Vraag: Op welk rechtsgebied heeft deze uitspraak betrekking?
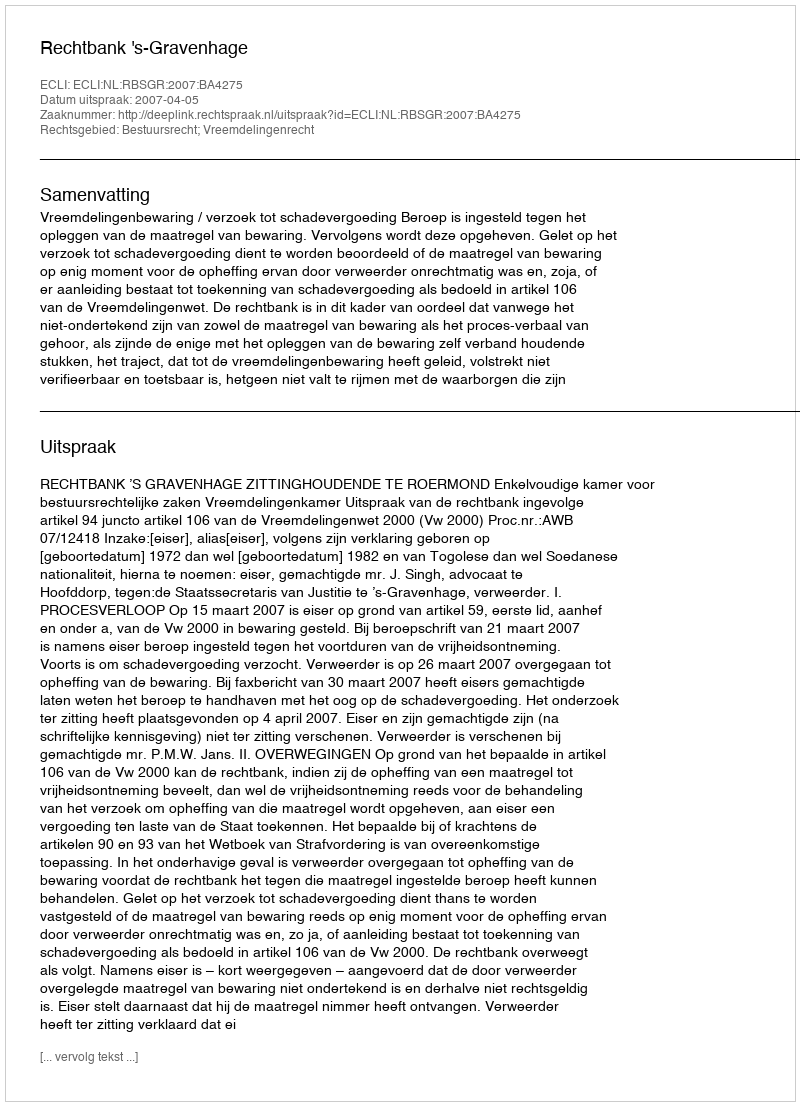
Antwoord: Bestuursrecht; Vreemdelingenrecht